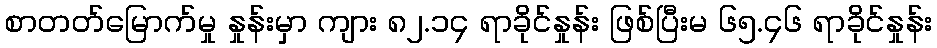
စာတတ်မြောက်မှု နှုန်းမှာ ကျား ၈၂.၁၄ ရာခိုင်နှုန်း ဖြစ်ပြီးမ ၆၅.၄၆ ရာခိုင်နှုန်း